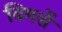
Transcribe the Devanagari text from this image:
विमर्शे